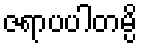
ဇရာပပါတမ္ပိ